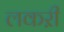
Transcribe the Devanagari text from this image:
लकऱी